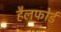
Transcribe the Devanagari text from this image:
हैलफोर्ड